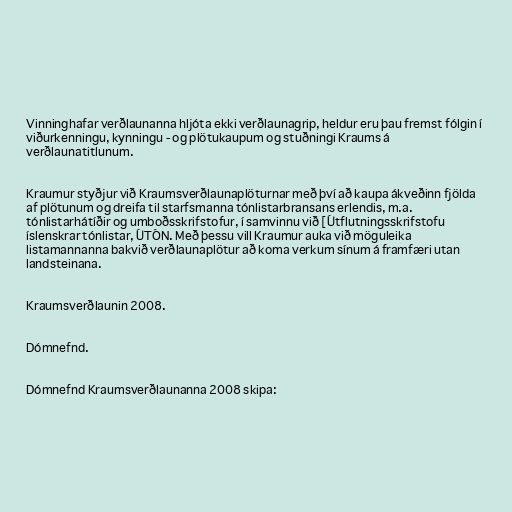
Vinninghafar verðlaunanna hljóta ekki verðlaunagrip, heldur eru þau fremst fólgin í
viðurkenningu, kynningu - og plötukaupum og stuðningi Kraums á
verðlaunatitlunum.

Kraumur styðjur við Kraumsverðlaunaplöturnar með því að kaupa ákveðinn fjölda
af plötunum og dreifa til starfsmanna tónlistarbransans erlendis, m.a.
tónlistarhátíðir og umboðsskrifstofur, í samvinnu við [Útflutningsskrifstofu
íslenskrar tónlistar, ÚTÓN. Með þessu vill Kraumur auka við möguleika
listamannanna bakvið verðlaunaplötur að koma verkum sínum á framfæri utan
landsteinana.

Kraumsverðlaunin 2008.

Dómnefnd.

Dómnefnd Kraumsverðlaunanna 2008 skipa: